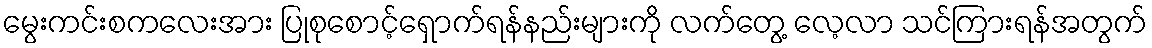
မွေးကင်းစကလေးအား ပြုစုစောင့်ရှောက်ရန်နည်းများကို လက်တွေ့ လေ့လာ သင်ကြားရန်အတွက်